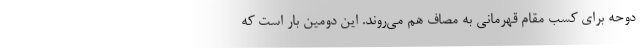
دوحه برای کسب مقام قهرمانی به مصاف هم می‌روند. این دومین بار است که